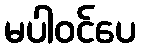
မပါဝင်ပေ